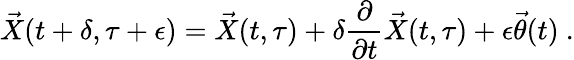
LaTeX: {\vec{X}}(t+\delta,\tau+\epsilon)={\vec{X}}(t,\tau)+\delta\frac{\partial}{\partial t}{\vec{X}}(t,\tau)+\epsilon{\vec{\theta}}(t)\ .